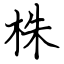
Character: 株